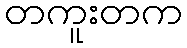
တကူးတက